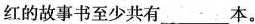
红的故事书至少共有___本。